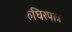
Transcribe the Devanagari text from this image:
रुधिरपात्र